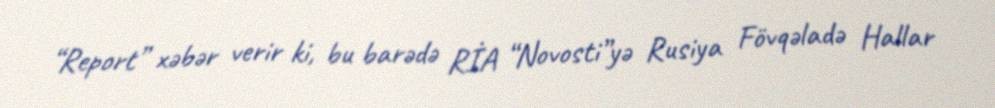
“Report” xəbər verir ki, bu barədə RİA “Novosti”yə Rusiya Fövqəladə Hallar